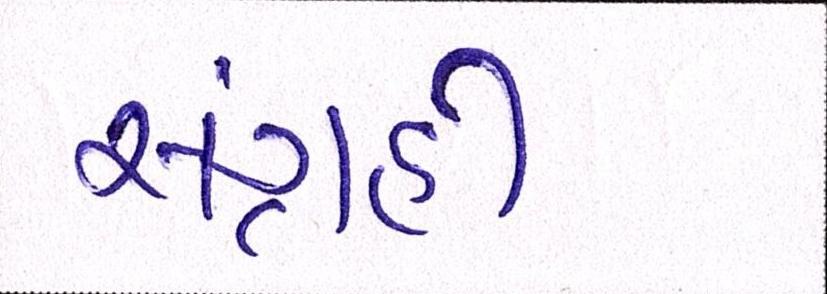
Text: સંગ્રહી